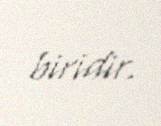
biridir.